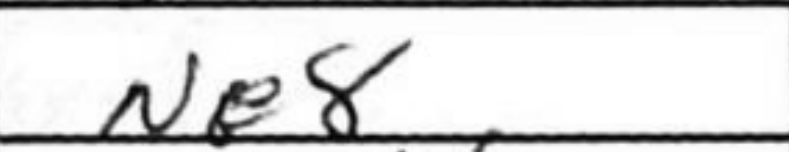
Transcription: Ne8